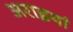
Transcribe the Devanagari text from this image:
अराइयां